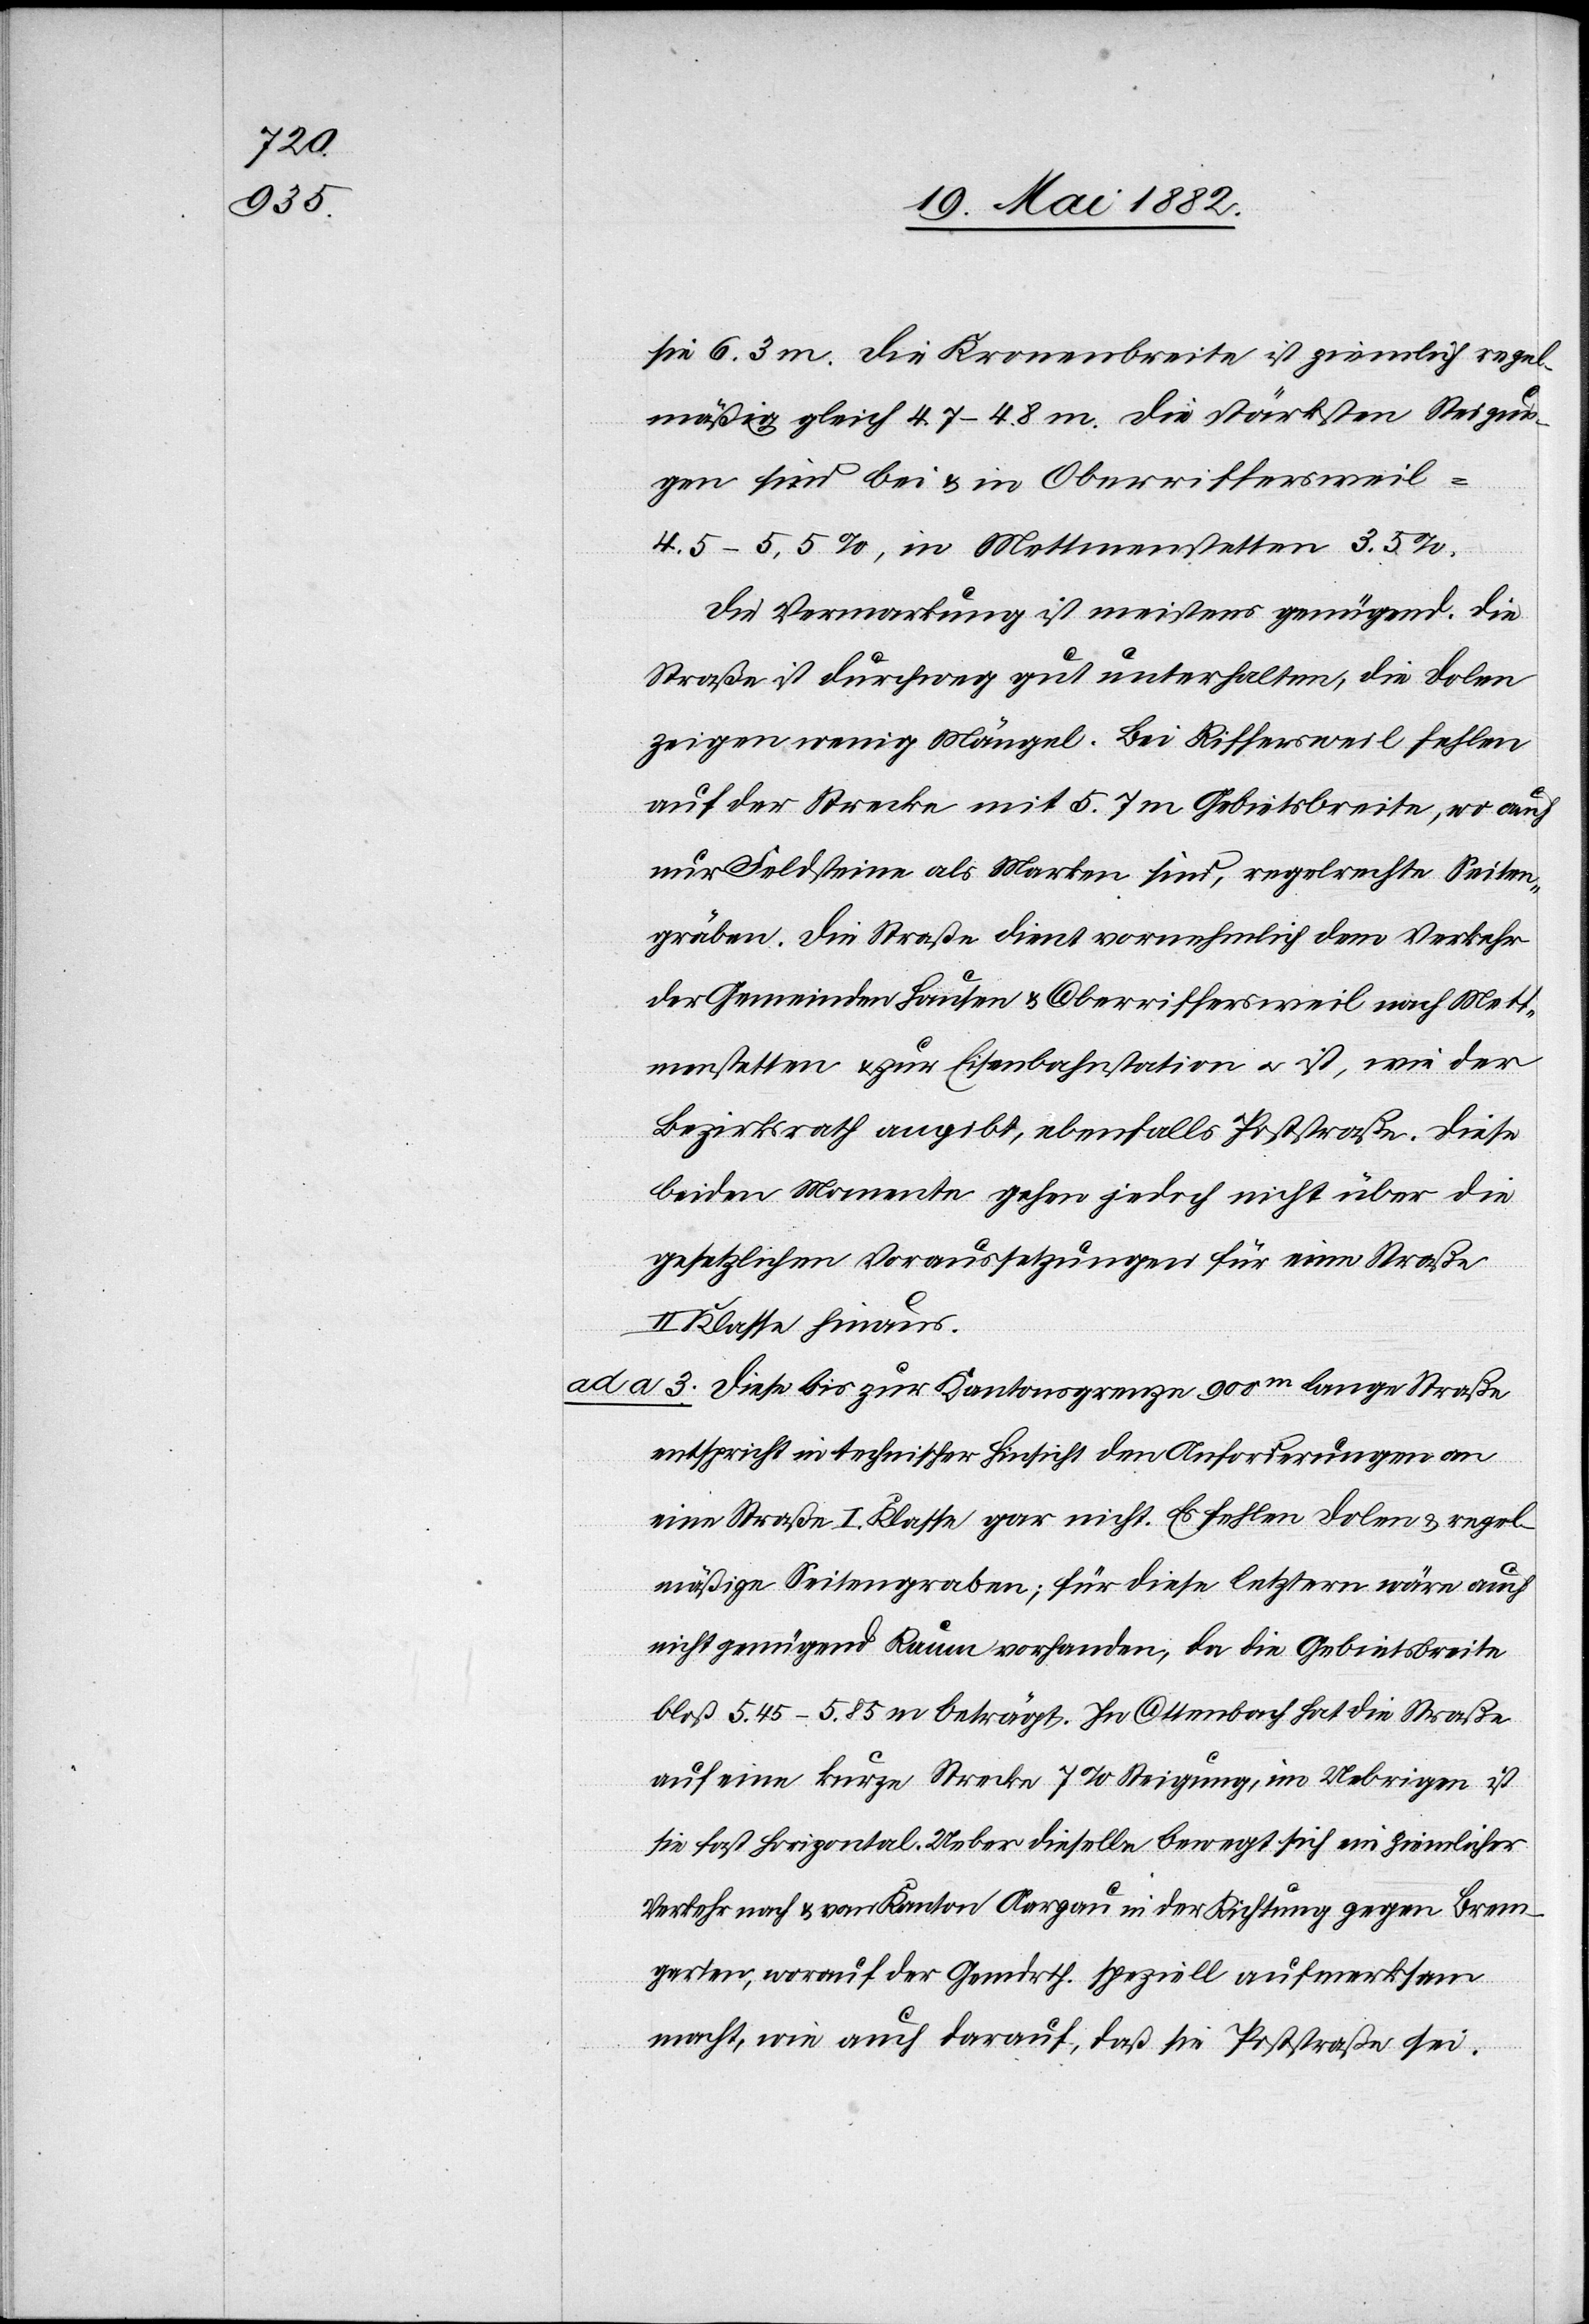
sie 6.3 m. Die Kronenbreite ist ziemlich regel¬
mäßig gleich 4.7–4.8 m. Die stärksten Steigun¬
gen sind bei & in Oberriffersweil
4.5–5.5%, in Mettmenstetten 3.5%.
Die Vermarkung ist meistens genügend. Die
Straße ist durchweg gut unterhalten, die Dolen
zeigen wenig Mängel. Bei Riffersweil fehlen
auf der Strecke mit 5.7 m Gebietsbreite, wo auch
nur Feldsteine als Marken sind, regelrechte Seiten¬
gräben. Die Straße dient vornehmlich dem Verkehr
der Gemeinden Hausen & Oberriffersweil nach Mett¬
menstetten & zur Eisenbahnstation u. ist, wie der
Bezirksrath angibt, ebenfalls Poststraße. Diese
beiden Momente gehen jedoch nicht über die
gesetzlichen Voraussetzungen für eine Straße
II. Klasse hinaus.
ad a. 3. Diese bis zur Kantonsgrenze 900m lange Straße
entspricht in technischer Hinsicht den Anforderungen an
eine Straße I. Klasse gar nicht. Es fehlen Dolen & regel¬
mäßige Seitengraben; für diese letztern wäre auch
nicht genügend Raum vorhanden, da die Gebietsbreite
bloß 5.45–5.85 m beträgt. In Ottenbach hat die Straße
auf eine kurze Strecke 7% Steigung, im Uebrigen ist
sie fast horizontal. Ueber dieselbe bewegt sich ein ziemlicher
Verkehr nach & vom Kanton Aargau in der Richtung gegen Brem¬
garten, worauf der Gemdrth. speziell aufmerksam
macht, wie auch darauf, daß sie Poststraße sei.